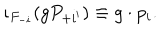
\iota _ { F _ { - i } } ( g P _ { + i ^ { \prime } } ) \equiv g \cdot p _ { i } .